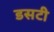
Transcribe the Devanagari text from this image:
डसटी